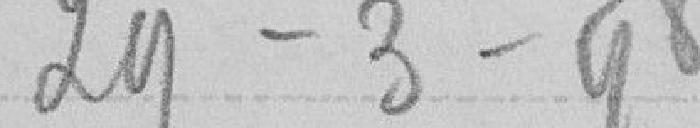
29 - 3 - 98